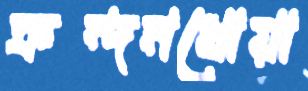
ক্রন্দনধোয়া